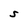
Character: S